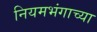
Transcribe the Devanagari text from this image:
नियमभंगाच्या